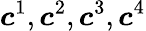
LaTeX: \boldsymbol{c}^{1},\boldsymbol{c}^{2},\boldsymbol{c}^{3},\boldsymbol{c}^{4}